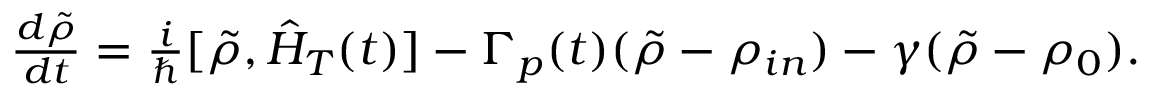
\begin{array} { r } { \frac { d \tilde { \rho } } { d t } = \frac { i } { \hbar } [ \tilde { \rho } , \hat { H } _ { T } ( t ) ] - \Gamma _ { p } ( t ) ( \tilde { \rho } - \rho _ { i n } ) - \gamma ( \tilde { \rho } - \rho _ { 0 } ) . } \end{array}